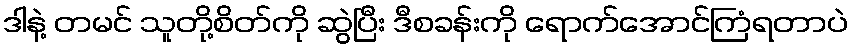
ဒါနဲ့ တမင် သူတို့စိတ်ကို ဆွဲပြီး ဒီစခန်းကို ရောက်အောင်ကြံရတာပဲ